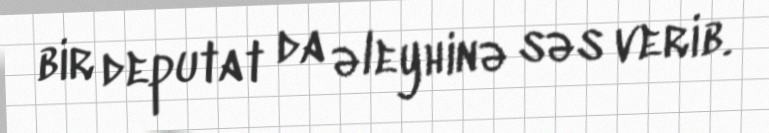
bir deputat da əleyhinə səs verib.